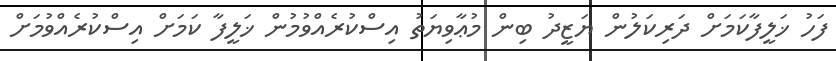
ފަހު ޚަލީފާކަމަށް ދަރިކަލުން ޔަޒީދު ބިން މުޢާވިޔަތު އިސްކުރެއްވުމުން ޚަލީފާ ކަމަށް އިސްކުރެއްވުމަށް